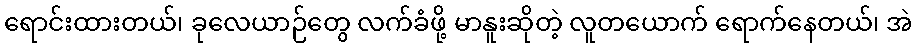
ရောင်းထားတယ်၊ ခုလေယာဉ်တွေ လက်ခံဖို့ မာနူးဆိုတဲ့ လူတယောက် ရောက်နေတယ်၊ အဲ